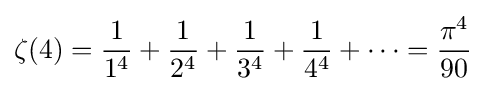
\zeta (4)={\frac {1}{1^{4}}}+{\frac {1}{2^{4}}}+{\frac {1}{3^{4}}}+{\frac {1}{4^{4}}}+\cdots ={\frac {\pi ^{4}}{90}}